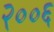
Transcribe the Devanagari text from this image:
२००६